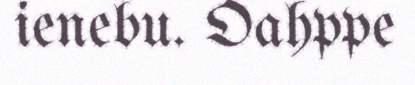
ienebu. Oahppe